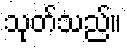
သုတ်သည်။